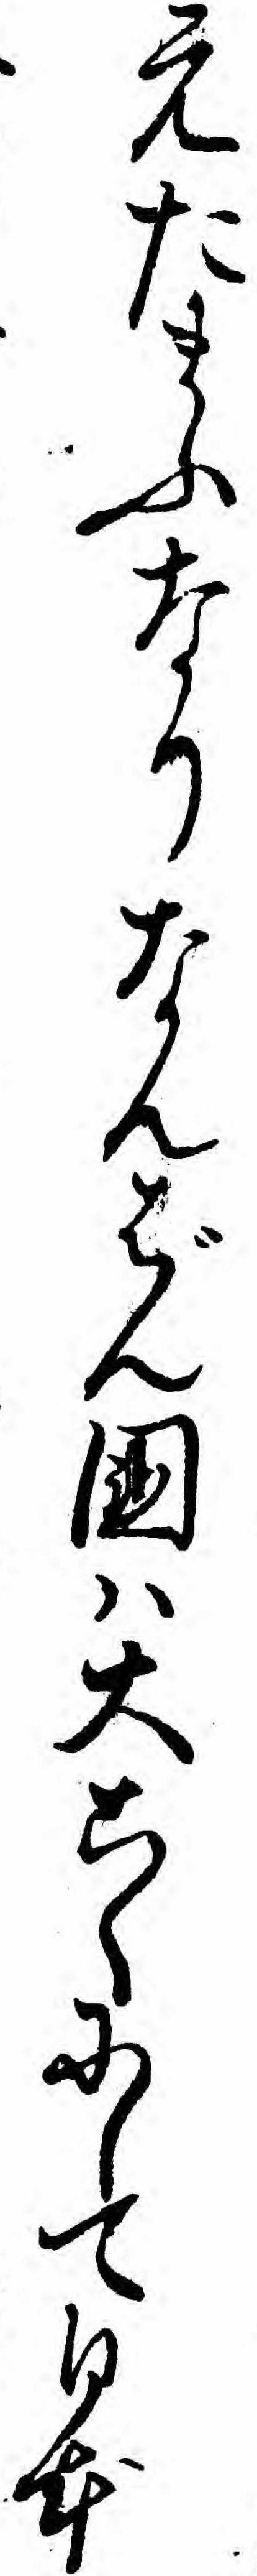
えたまふなりなんばん国ハ大こくにして日本